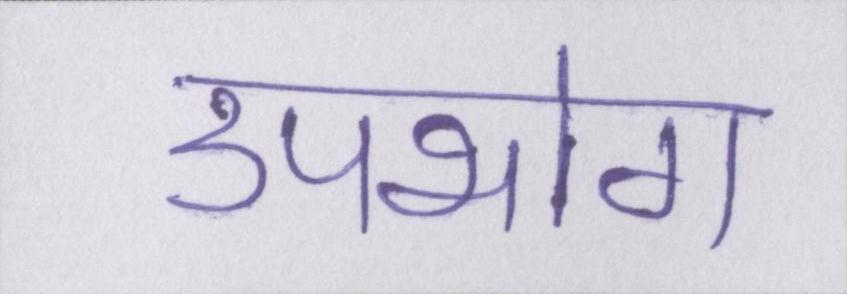
उपभोग